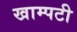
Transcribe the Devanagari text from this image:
खाम्पटी